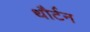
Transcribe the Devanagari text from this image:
थौर्टन